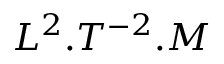
L ^ { 2 } . T ^ { - 2 } . M